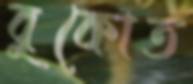
বুকোত